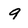
Character: 9